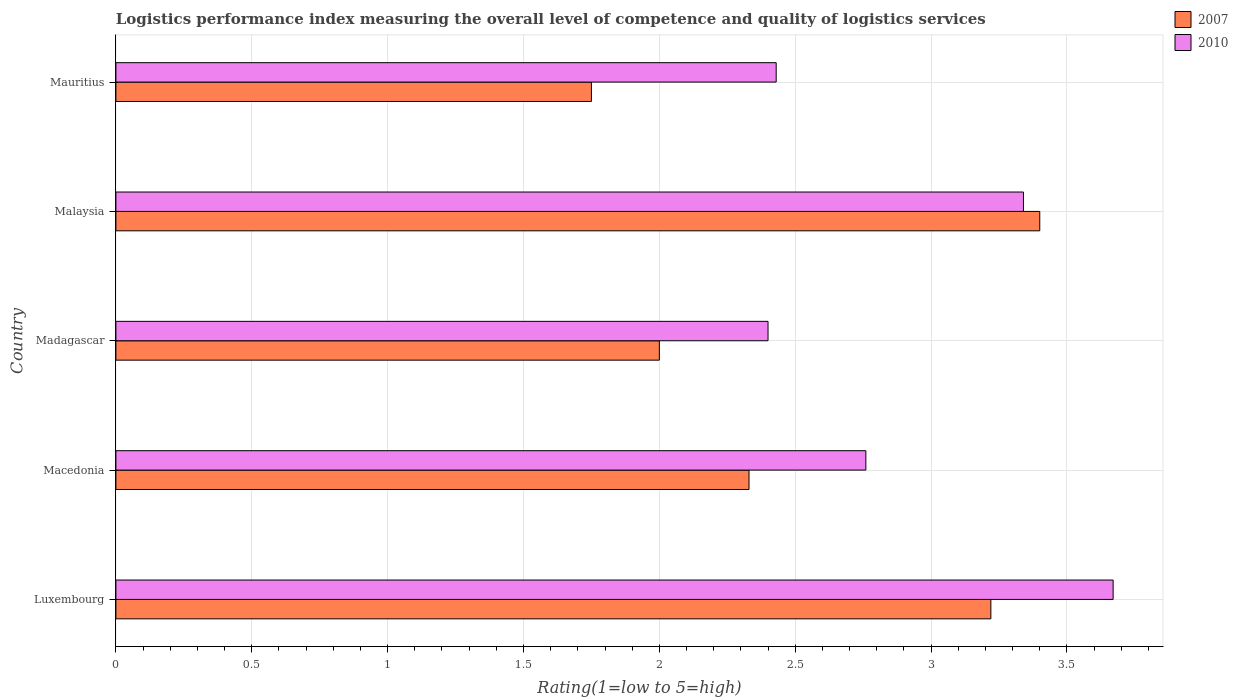
| Country | 2007 | 2010 |
 | --- | --- | --- |
 | Luxembourg | 3.22 | 3.67 |
 | Macedonia | 2.33 | 2.76 |
 | Madagascar | 2 | 2.4 |
 | Malaysia | 3.4 | 3.34 |
 | Mauritius | 1.75 | 2.43 |